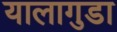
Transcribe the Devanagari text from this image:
यालागुडा